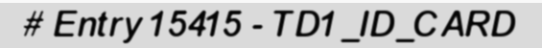
# Entry 15415 - TD1_ID_CARD